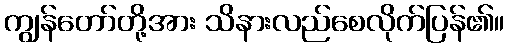
ကျွန်တော်တို့အား သိနားလည်စေလိုက်ပြန်၏။